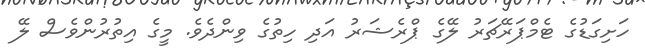
ހަށިގަޑުގެ ޓެމްޕަރޭޗަރު ލޭގެ ޕްރެޝަރު އަދި ހިތުގެ ވިންދެވެ. މީގެ އިތުރުންވެސް ލޭ